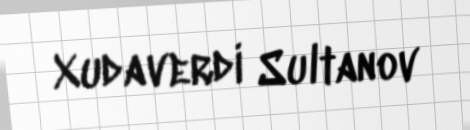
Xudaverdi Sultanov